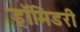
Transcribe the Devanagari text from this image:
ड्रॉमिडरी